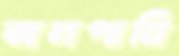
জলপানি